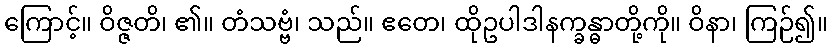
ကြောင့်။ ဝိဇ္ဇတိ၊ ၏။ တံသဗ္ဗံ၊ သည်။ ဧတေ၊ ထိုဥပါဒါနက္ခန္ဓာတို့ကို။ ဝိနာ၊ ကြဉ်၍။